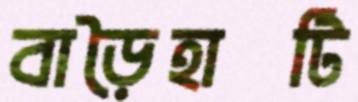
বাড়ৈহাটি